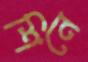
শিনে